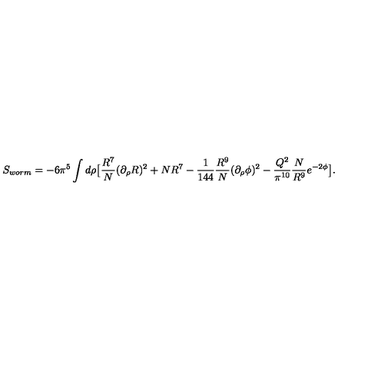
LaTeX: S _ { w o r m } = - 6 \pi ^ { 5 } \int d \rho \big [ { \frac { R ^ { 7 } } { N } } ( \partial _ { \rho } R ) ^ { 2 } + N R ^ { 7 } - { \frac { 1 } { 1 4 4 } } { \frac { R ^ { 9 } } { N } } ( \partial _ { \rho } \phi ) ^ { 2 } - { \frac { Q ^ { 2 } } { \pi ^ { 1 0 } } } { \frac { N } { R ^ { 9 } } } e ^ { - 2 \phi } \big ] .